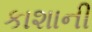
કાશાની